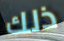
ذلك